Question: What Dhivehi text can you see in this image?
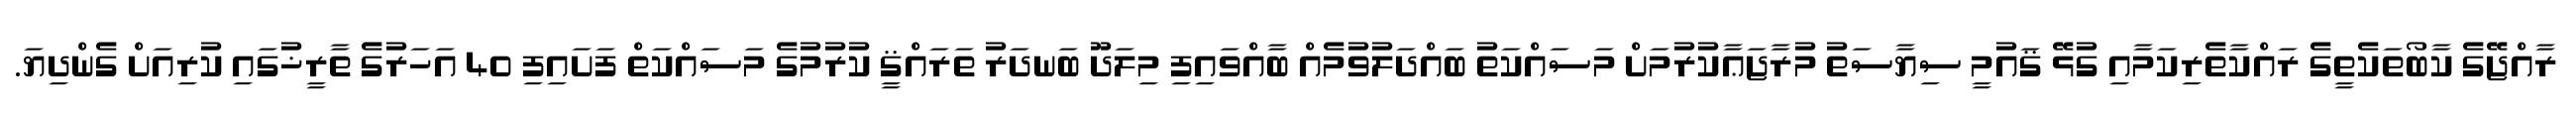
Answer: ރާއްޖޭގެ ކާބޯތަކެތީގެ ރައްކާތެރިކަމާއި ގުޅޭ ޤައުމީ ސިޔާސަތު މުރާޖަޢާކުރުމަށް މަސައްކަތު ބައްދަލުވުމެއް ބާއްވައިފި މިލަދޫ ބަނދަރު ތަރައްޤީ ކުރުމުގެ މަސައްކަތް ފަށައިފި 40 އަހަރުގެ ތާރީޚުގައި ކުރިއަށް ގެންދިޔަ.